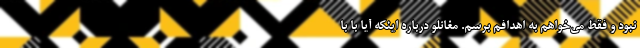
نبود و فقط می‌خواهم به اهدافم برسم. مغانلو درباره اینکه آیا با با